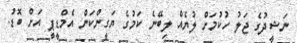
ނަޝީދުގެ ޖަލު ހުކުމަށް ލުޔެއް ލިބޭނެ ކަމުގެ ޔަގީންކަން އެމްޑީޕީ އަށް ބޮޑު.